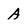
Character: A